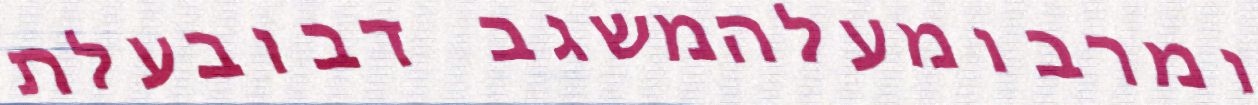
ומרבומעלהמשגב דבובעלת